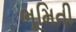
ભૂમિતી